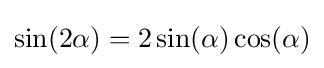
\sin(2\alpha )=2\sin(\alpha )\cos(\alpha )